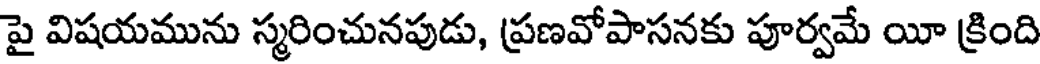
పై విషయమును స్మరించునపుడు, ప్రణవోపాసనకు పూర్వమే యీ క్రింది